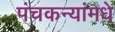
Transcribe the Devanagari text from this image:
पंचकन्यांमधे